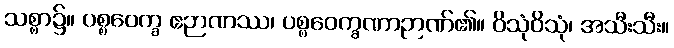
သစ္စာ၌။ ပစ္စဝေက္ခ ဧဉာဏဿ၊ ပစ္စဝေက္ခဏာဉာဏ်၏။ ဝိသုံဝိသုံ၊ အသီးသီး။